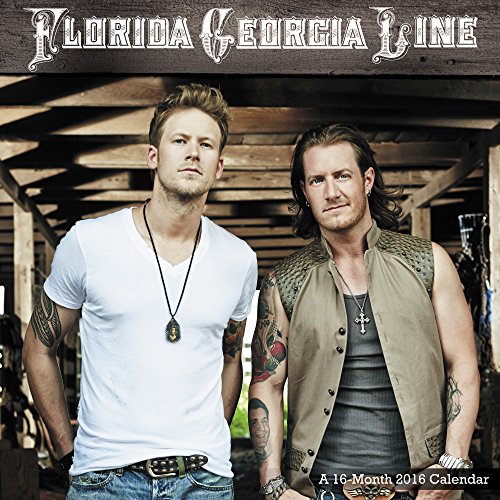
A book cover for Florida Georgia Line Wall Calendar (2016); Day Dream; Calendars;